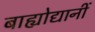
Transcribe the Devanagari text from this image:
बाह्योद्यानीं